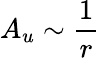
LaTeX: A_{u}\sim\frac{1}{r}